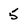
Character: 5